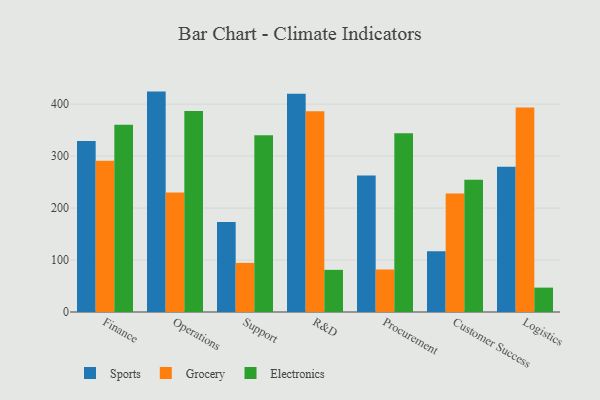
{"axis": {"x": "Department", "y": "Bounce Rate (%)"}, "legend": ["Electronics", "Grocery", "Sports"], "data": [{"x": "Finance", "y": 329.0, "type": "Sports"}, {"x": "Finance", "y": 291.1, "type": "Grocery"}, {"x": "Finance", "y": 360.1, "type": "Electronics"}, {"x": "Operations", "y": 424.1, "type": "Sports"}, {"x": "Operations", "y": 230.0, "type": "Grocery"}, {"x": "Operations", "y": 386.8, "type": "Electronics"}, {"x": "Support", "y": 173.4, "type": "Sports"}, {"x": "Support", "y": 94.5, "type": "Grocery"}, {"x": "Support", "y": 340.0, "type": "Electronics"}, {"x": "R&D", "y": 419.8, "type": "Sports"}, {"x": "R&D", "y": 386.3, "type": "Grocery"}, {"x": "R&D", "y": 81.1, "type": "Electronics"}, {"x": "Procurement", "y": 262.6, "type": "Sports"}, {"x": "Procurement", "y": 81.8, "type": "Grocery"}, {"x": "Procurement", "y": 343.8, "type": "Electronics"}, {"x": "Customer Success", "y": 116.7, "type": "Sports"}, {"x": "Customer Success", "y": 228.1, "type": "Grocery"}, {"x": "Customer Success", "y": 254.7, "type": "Electronics"}, {"x": "Logistics", "y": 279.5, "type": "Sports"}, {"x": "Logistics", "y": 393.4, "type": "Grocery"}, {"x": "Logistics", "y": 46.9, "type": "Electronics"}]}